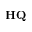
\mathbf { H Q }